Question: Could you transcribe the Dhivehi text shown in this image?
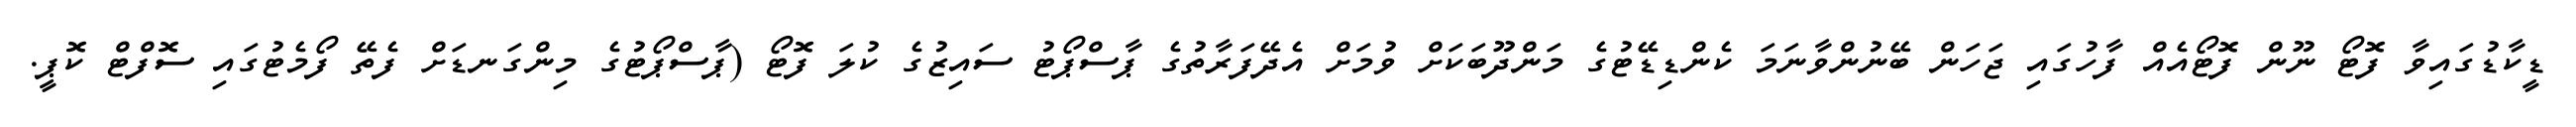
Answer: ޑީކާޑުގައިވާ ފޮޓޯ ނޫން ފޮޓޯއެއް ފާހުގައި ޖަހަން ބޭނުންވާނަމަ ކެންޑިޑޭޓުގެ މަންދޫބަކަށް ވުމަށް އެދޭފަރާތުގެ ޕާސްޕޯޓު ސައިޒުގެ ކުލަ ފޮޓޯ (ޕާސްޕޯޓުގެ މިންގަނޑަށް ފެތޭ ފޯމެޓުގައި ސޮފްޓް ކޮޕީ.